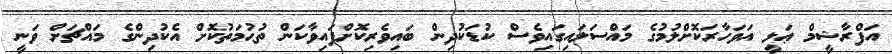
އަފްރާޝީމް ޢަލީ އަވަހާރަކޮށްލުމުގެ މައްސަލައިގައިވެސް ކުޑަކުދިން ބައިވެރިކޮށްފައިވާކަން ތުޙުމަތުކޮށް އެކުދިންގެ މައްޗަށް ވަނީ